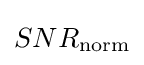
SNR_{\mathrm {norm} }